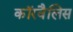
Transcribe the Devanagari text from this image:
कॉरवैलिस